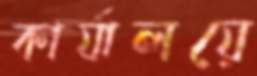
কার্যালয়ে